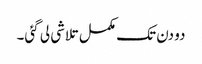
دو دن تک مکمل تلاشی لی گئی۔